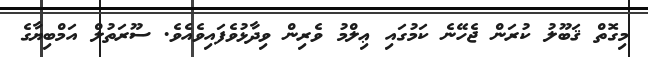
މިގޮތް ޤަބޫލު ކުރަން ޖެހޭނެ ކަމުގައި ޢިލްމު ވެރިން ވިދާޅުވެފައިވެއެވެ. ސޫރަތުލް އަމްބިޔާގެ